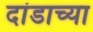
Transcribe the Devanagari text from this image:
दांडाच्या